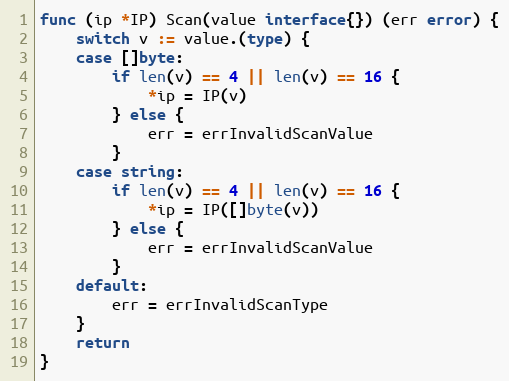
Language: Go
func (ip *IP) Scan(value interface{}) (err error) {
	switch v := value.(type) {
	case []byte:
		if len(v) == 4 || len(v) == 16 {
			*ip = IP(v)
		} else {
			err = errInvalidScanValue
		}
	case string:
		if len(v) == 4 || len(v) == 16 {
			*ip = IP([]byte(v))
		} else {
			err = errInvalidScanValue
		}
	default:
		err = errInvalidScanType
	}
	return
}